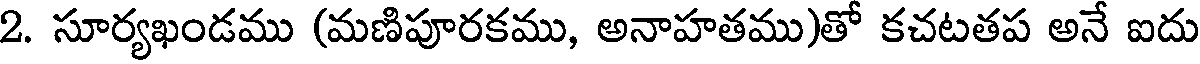
2. సూర్యఖండము (మణిపూరకము, అనాహతము)తో కచటతప అనే ఐదు